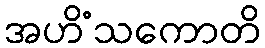
အဟိံသကောတိ